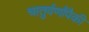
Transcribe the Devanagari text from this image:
चातुर्वर्णांपैकी